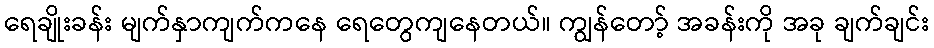
ရေချိုးခန်း မျက်နှာကျက်ကနေ ရေတွေကျနေတယ်။ ကျွန်တော့် အခန်းကို အခု ချက်ချင်း